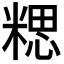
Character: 𥻏